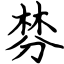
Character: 棼